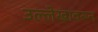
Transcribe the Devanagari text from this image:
उल्लेखावरून